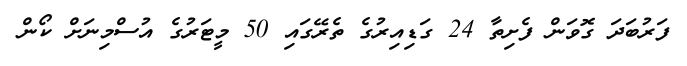
ފަރުބަދަ ގޮވަން ފެށިތާ 24 ގަޑިއިރުގެ ތެރޭގައި 50 މީޓަރުގެ އުސްމިނަށް ކޯން